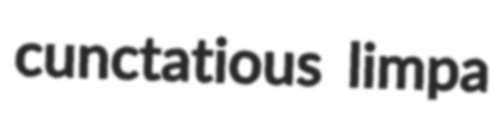
cunctatious limpa